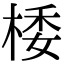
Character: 㮃